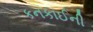
કનકાઈની